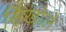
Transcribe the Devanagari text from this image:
सिंखोले